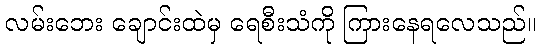
လမ်းဘေး ချောင်းထဲမှ ရေစီးသံကို ကြားနေရလေသည်။